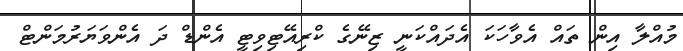
މުއްލާ އިން ތައް އެވާހަކަ އެދައްކަނީ ޒިނޭގެ ކްރިއޭޓިވިޓީ އެންޑް ދަ އެންވަޔަރުމަންޓް